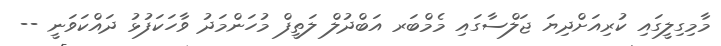
މާމިގިލީގައި ކުރިއަށްދިޔަ ޖަލްސާގައި މެމްބަރ އަބްދުލް ލަތީފް މުހަންމަދު ވާހަކަފުޅު ދައްކަވަނީ --